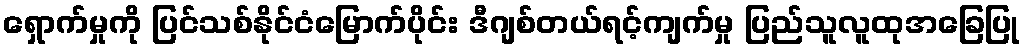
ရှောက်မှုကို ပြင်သစ်နိုင်ငံမြောက်ပိုင်း ဒီဂျစ်တယ်ရင့်ကျက်မှု ပြည်သူလူထုအခြေပြု